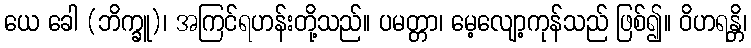
ယေ ခေါ (ဘိက္ခူ)၊ အကြင်ရဟန်းတို့သည်။ ပမတ္တာ၊ မေ့လျော့ကုန်သည် ဖြစ်၍။ ဝိဟရန္တိ၊